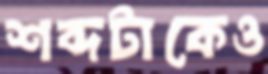
শব্দটাকেও